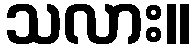
သလား။